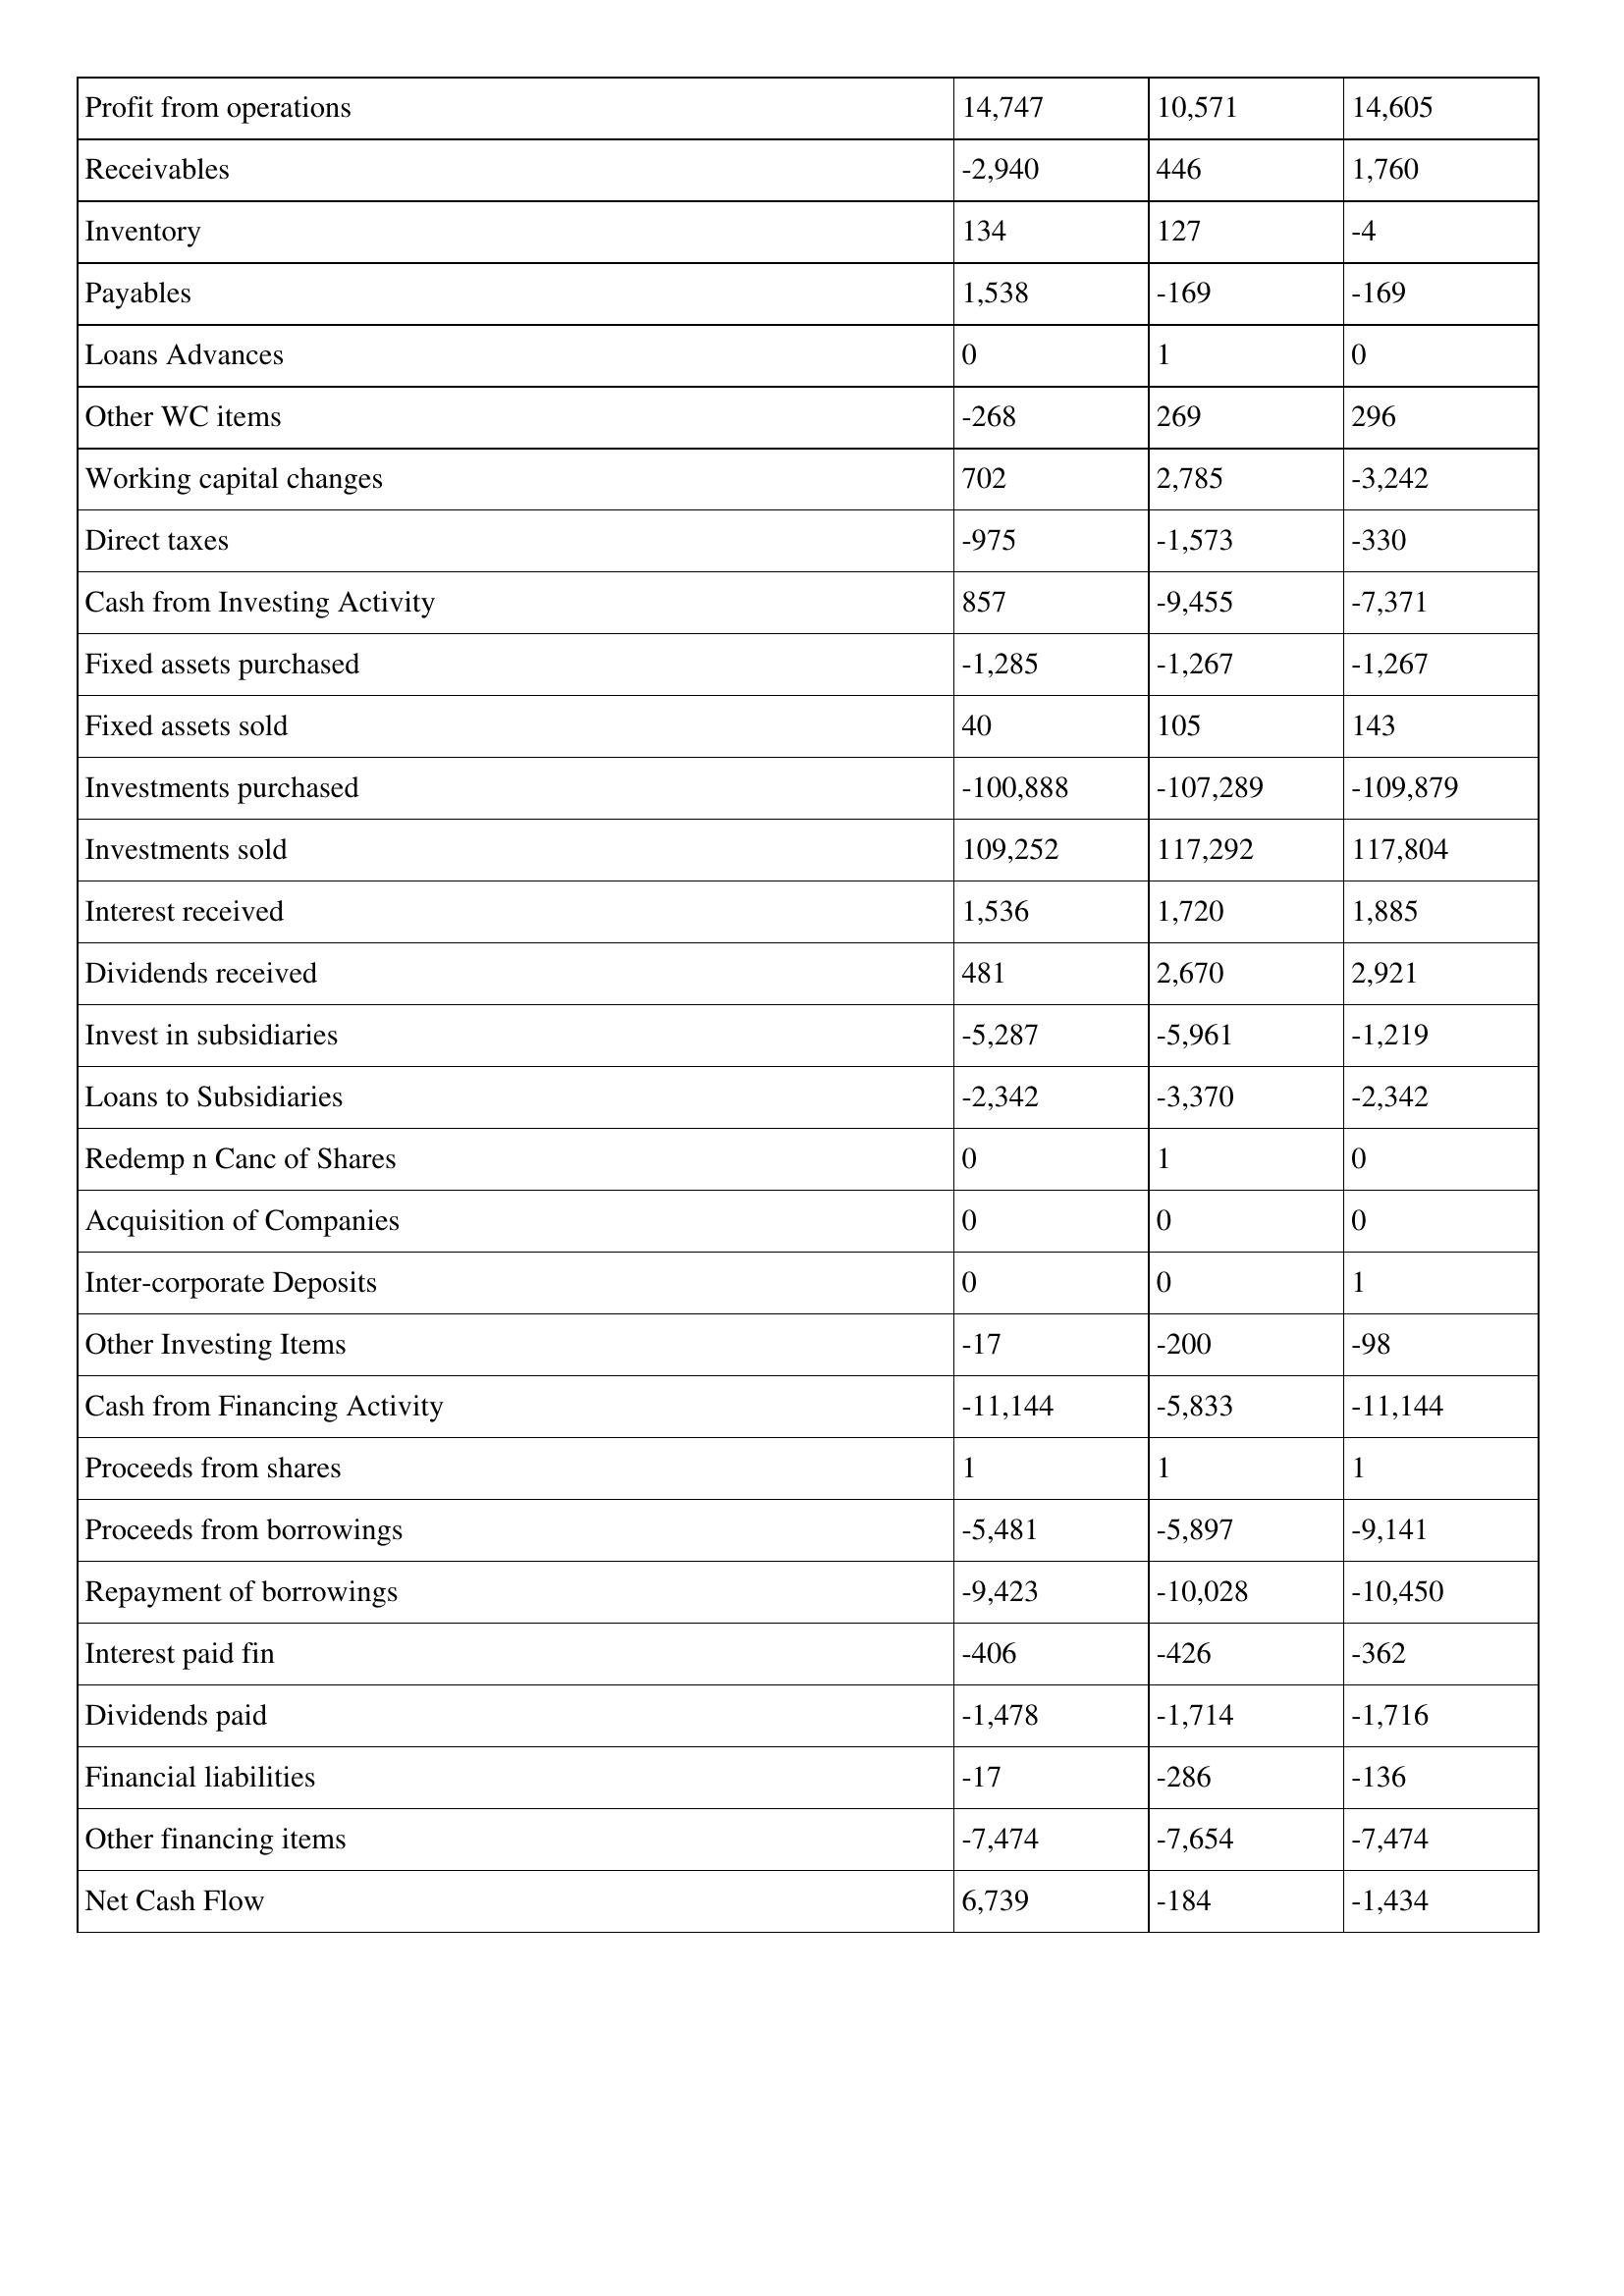
gt_parse: 2009: Cash Flows: Profit from operations: 14,747
Receivables: -2,940
Inventory: 134
Payables: 1,538
Loans Advances: 0
Other WC items: -268
Working capital changes: 702
Direct taxes: -975
Cash from Investing Activity: 857
Fixed assets purchased: -1,285
Fixed assets sold: 40
Investments purchased: -100,888
Investments sold: 109,252
Interest received: 1,536
Dividends received: 481
Invest in subsidiaries: -5,287
Loans to Subsidiaries: -2,342
Redemp n Canc of Shares: 0
Acquisition of Companies: 0
Inter-corporate Deposits: 0
Other Investing Items: -17
Cash from Financing Activity: -11,144
Proceeds from shares: 1
Proceeds from borrowings: -5,481
Repayment of borrowings: -9,423
Interest paid fin: -406
Dividends paid: -1,478
Financial liabilities: -17
Other financing items: -7,474
Net Cash Flow: 6,739
2008: Cash Flows: Profit from operations: 10,571
Receivables: 446
Inventory: 127
Payables: -169
Loans Advances: 1
Other WC items: 269
Working capital changes: 2,785
Direct taxes: -1,573
Cash from Investing Activity: -9,455
Fixed assets purchased: -1,267
Fixed assets sold: 105
Investments purchased: -107,289
Investments sold: 117,292
Interest received: 1,720
Dividends received: 2,670
Invest in subsidiaries: -5,961
Loans to Subsidiaries: -3,370
Redemp n Canc of Shares: 1
Acquisition of Companies: 0
Inter-corporate Deposits: 0
Other Investing Items: -200
Cash from Financing Activity: -5,833
Proceeds from shares: 1
Proceeds from borrowings: -5,897
Repayment of borrowings: -10,028
Interest paid fin: -426
Dividends paid: -1,714
Financial liabilities: -286
Other financing items: -7,654
Net Cash Flow: -184
2007: Cash Flows: Profit from operations: 14,605
Receivables: 1,760
Inventory: -4
Payables: -169
Loans Advances: 0
Other WC items: 296
Working capital changes: -3,242
Direct taxes: -330
Cash from Investing Activity: -7,371
Fixed assets purchased: -1,267
Fixed assets sold: 143
Investments purchased: -109,879
Investments sold: 117,804
Interest received: 1,885
Dividends received: 2,921
Invest in subsidiaries: -1,219
Loans to Subsidiaries: -2,342
Redemp n Canc of Shares: 0
Acquisition of Companies: 0
Inter-corporate Deposits: 1
Other Investing Items: -98
Cash from Financing Activity: -11,144
Proceeds from shares: 1
Proceeds from borrowings: -9,141
Repayment of borrowings: -10,450
Interest paid fin: -362
Dividends paid: -1,716
Financial liabilities: -136
Other financing items: -7,474
Net Cash Flow: -1,434